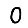
Digit: 0